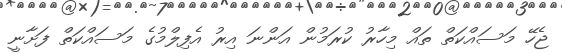
ޖެހޭ މަސައްކަތް ތައް މިހާރު ކުރަމުން އަންނަ އިރު އެފިލްމުގެ މަސައްކަތް ފަށާނީ